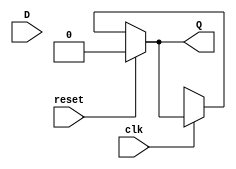
module D_flip_flap(Q , D , clk , reset);
 input D , clk , reset;
 output Q;
 wire w;
 assign w = reset ? 0 : (clk ? D : w);
 assign Q = reset ? 0 : (clk ? Q : w);
endmodule

module test;
wire q;
reg d , clk , reset;

D_flip_flap mem(q , d , clk , reset);

always #2 clk = ~clk;
initial
 begin
  clk = 1;
  #2 d = 1; reset = 0;
  #8 d = 0; reset = 1; 
 end
endmodule